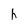
Character: h